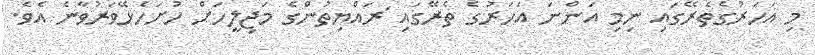
މި އަހަރުގެތެރޭގައި ނިމި އަންނަ އަހަރުގެ ތެރޭގައި ަރައްޔިތުންގެ މަޖިލީހަށް ހުށަހެޅޭވަރުވާނެ އެވެ.